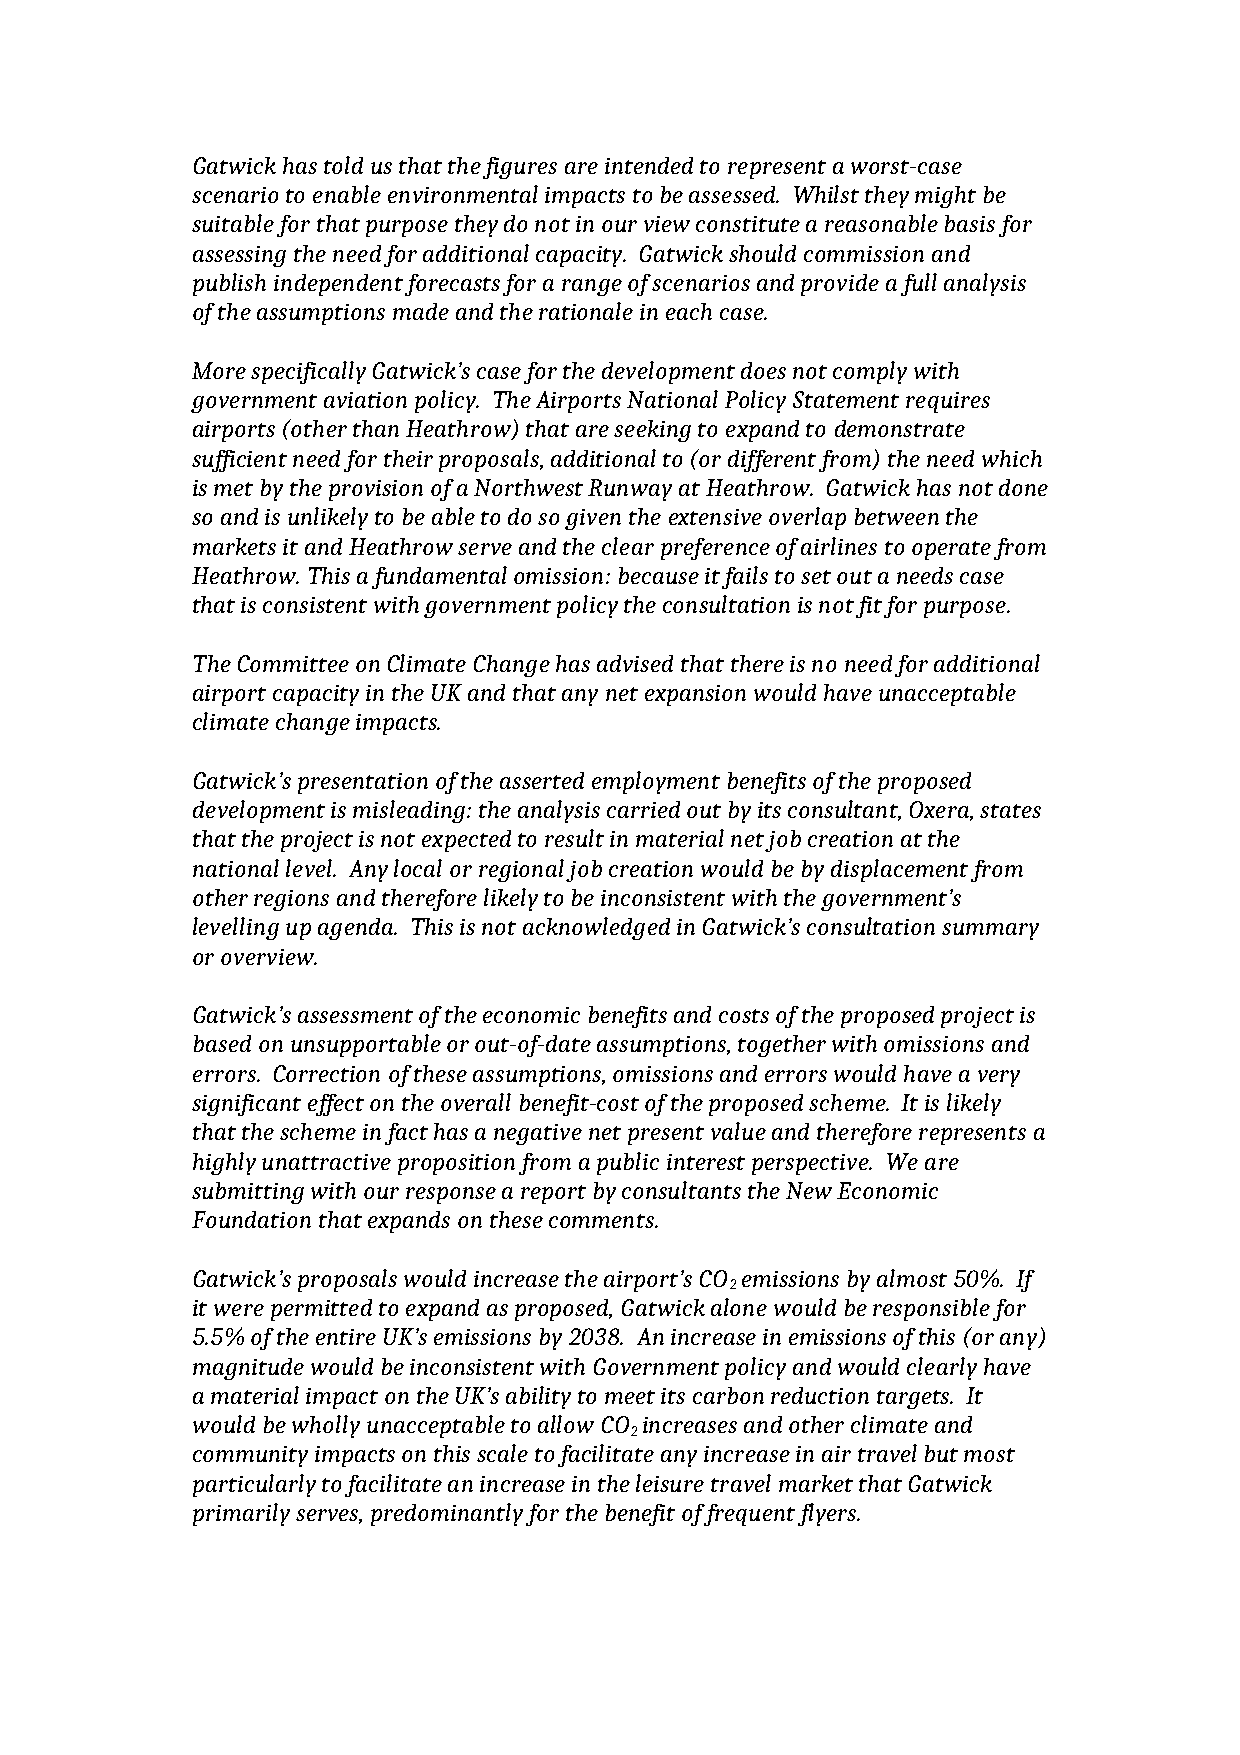
Gatwick has told us that the figures are intended to represent a worst-case
 scenario to enable environmental impacts to be assessed. Whilst they might be
 suitable for that purpose they do not in our view constitute a reasonable basis for
 assessing the need for additional capacity. Gatwick should commission and
 publish independent forecasts for a range of scenarios and provide a full analysis
 of the assumptions made and the rationale in each case.
 More specifically Gatwick’s case for the development does not comply with
 government aviation policy. The Airports National Policy Statement requires
 airports (other than Heathrow) that are seeking to expand to demonstrate
 sufficient need for their proposals, additional to (or different from) the need which
 is met by the provision of a Northwest Runway at Heathrow. Gatwick has not done
 so and is unlikely to be able to do so given the extensive overlap between the
 markets it and Heathrow serve and the clear preference of airlines to operate from
 Heathrow. This a fundamental omission: because it fails to set out a needs case
 that is consistent with government policy the consultation is not fit for purpose.
 The Committee on Climate Change has advised that there is no need for additional
 airport capacity in the UK and that any net expansion would have unacceptable
 climate change impacts.
 Gatwick’s presentation of the asserted employment benefits of the proposed
 development is misleading: the analysis carried out by its consultant, Oxera, states
 that the project is not expected to result in material net job creation at the
 national level. Any local or regional job creation would be by displacement from
 other regions and therefore likely to be inconsistent with the government’s
 levelling up agenda. This is not acknowledged in Gatwick’s consultation summary
 or overview.
 Gatwick’s assessment of the economic benefits and costs of the proposed project is
 based on unsupportable or out-of-date assumptions, together with omissions and
 errors. Correction of these assumptions, omissions and errors would have a very
 significant effect on the overall benefit-cost of the proposed scheme. It is likely
 that the scheme in fact has a negative net present value and therefore represents a
 highly unattractive proposition from a public interest perspective. We are
 submitting with our response a report by consultants the New Economic
 Foundation that expands on these comments.
 Gatwick’s proposals would increase the airport’s CO emissions by almost 50%. If
 2
 it were permitted to expand as proposed, Gatwick alone would be responsible for
 5.5% of the entire UK’s emissions by 2038. An increase in emissions of this (or any)
 magnitude would be inconsistent with Government policy and would clearly have
 a material impact on the UK’s ability to meet its carbon reduction targets. It
 would be wholly unacceptable to allow CO increases and other climate and
 2
 community impacts on this scale to facilitate any increase in air travel but most
 particularly to facilitate an increase in the leisure travel market that Gatwick
 primarily serves, predominantly for the benefit of frequent flyers.